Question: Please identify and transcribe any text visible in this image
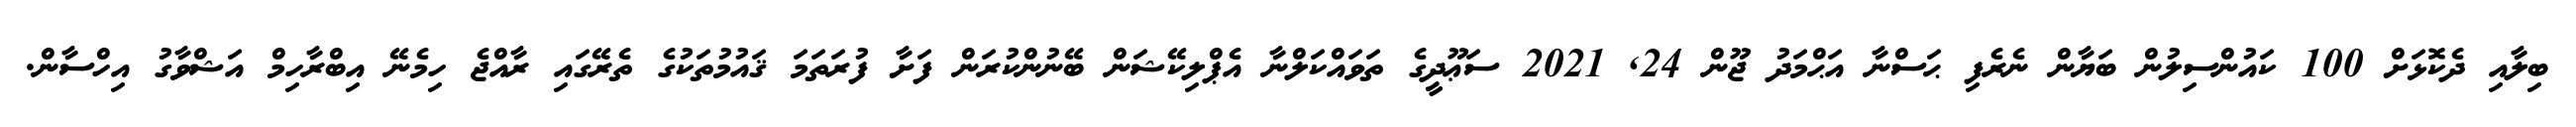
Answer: ބިލާއި ދެކޮޅަށް 100 ކައުންސިލުން ބަޔާން ނެރެފި ޙަސްނާ އަޙްމަދު ޖޫން 24, 2021 ސަޢޫދީގެ ތަވައްކަލްނާ އެޕްލިކޭޝަން ބޭނުންކުރަން ފަށާ ފުރަތަމަ ޤައުމުތަކުގެ ތެރޭގައި ރާއްޖެ ހިމެނޭ އިބްރާހިމް އަޝްވާގު އިހްސާން.